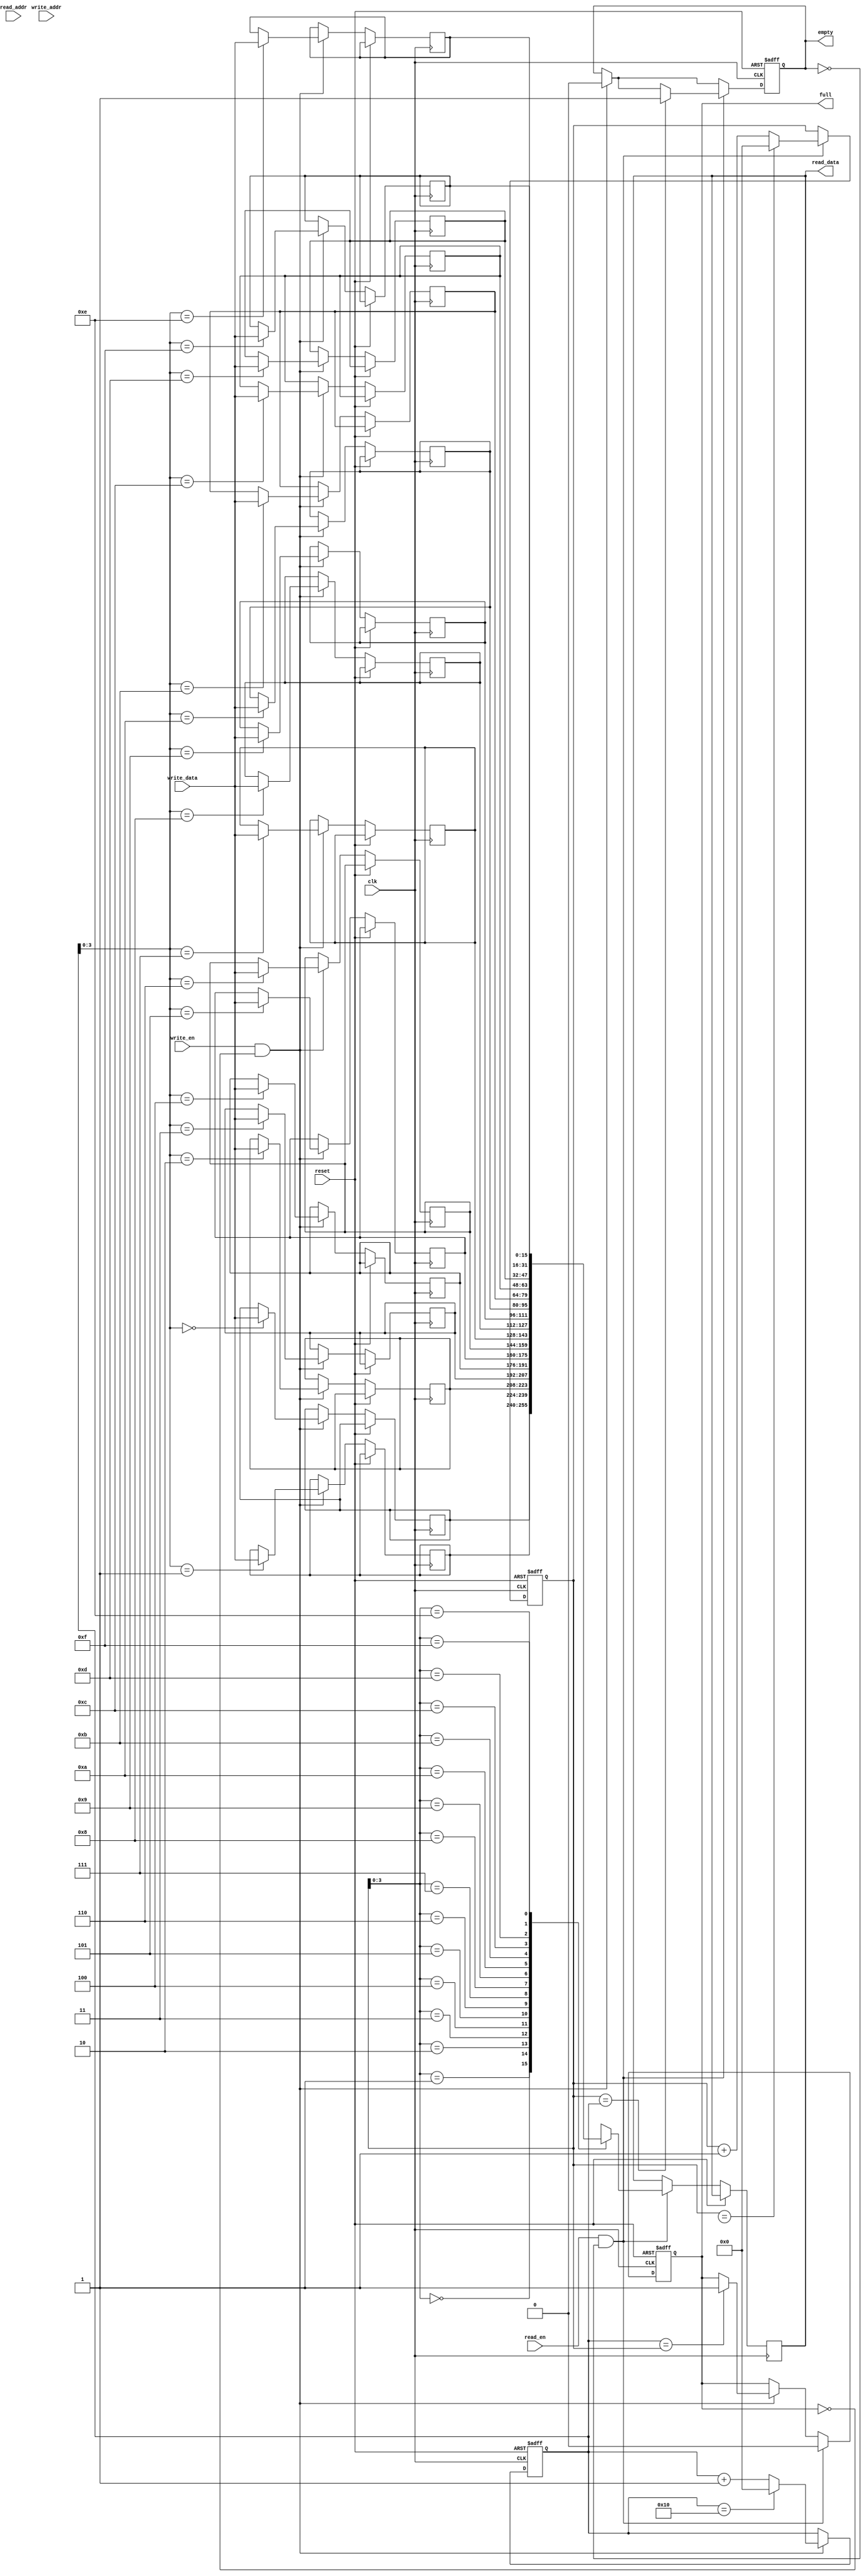
module dual_port_fifo (
    input wire clk,
    input wire reset,
    
    // Write port
    input wire write_en,
    input wire [DATA_WIDTH-1:0] write_data,
    
    // Read port
    input wire read_en,
    output reg [DATA_WIDTH-1:0] read_data,
    
    // Memory address
    input wire [ADDRESS_WIDTH-1:0] write_addr,
    input wire [ADDRESS_WIDTH-1:0] read_addr,
    
    // Flags
    output reg full,
    output reg empty
);

parameter ADDRESS_WIDTH = 8;
parameter DATA_WIDTH = 16;
parameter FIFO_DEPTH = 16;

reg [DATA_WIDTH-1:0] memory [FIFO_DEPTH-1:0];
reg [FIFO_DEPTH-1:0] read_pointer = 0;
reg [FIFO_DEPTH-1:0] write_pointer = 0;

always @(posedge clk or posedge reset) begin
    if (reset) begin
        read_pointer <= 0;
        write_pointer <= 0;
        full <= 0;
        empty <= 1;
    end else begin
        if (write_en && !full) begin
            memory[write_pointer] <= write_data;
            write_pointer <= write_pointer + 1;
            if (write_pointer == FIFO_DEPTH) begin
                write_pointer <= 0;
            end
            if (write_pointer == read_pointer) begin
                full <= 1;
            end
            empty <= 0;
        end
        
        if (read_en && !empty) begin
            read_data <= memory[read_pointer];
            read_pointer <= read_pointer + 1;
            if (read_pointer == FIFO_DEPTh) begin
                read_pointer <= 0;
            end
            if (read_pointer == write_pointer) begin
                empty <= 1;
            end
            full <= 0;
        end
    end
end

endmodule